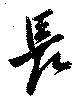
長